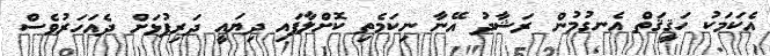
އެކަމަކު ހަޤީޤަތް އެނގުމުން ރަޝާދު އޭނާ ނިކަމެތި ކޮށްލާފައި ދިޔައީ ދަރިފުޅަށް ދެއަހަރުވެސް